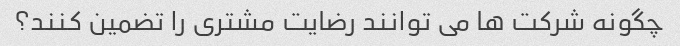
چگونه شرکت ها می توانند رضایت مشتری را تضمین کنند؟